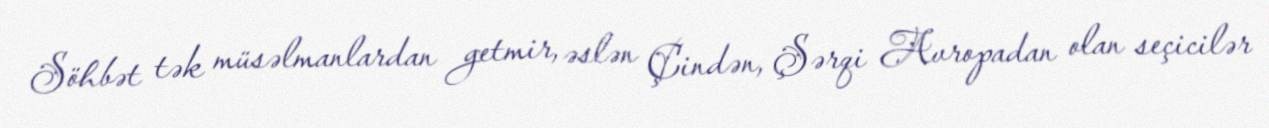
Söhbət tək müsəlmanlardan getmir, əslən Çindən, Şərqi Avropadan olan seçicilər